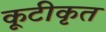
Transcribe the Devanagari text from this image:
कूटीकृत